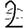
Digit: 2